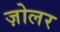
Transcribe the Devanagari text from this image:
ज़ोलर